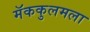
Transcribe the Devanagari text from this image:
मॅककुलमला